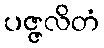
ပဇ္ဇလိတံ